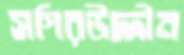
সগিরউদ্দীন